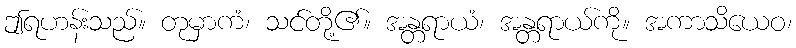
ဤရဟန်းသည်။ တုမှာကံ၊ သင်တို့၏။ အန္တရာယံ၊ အန္တရာယ်ကို။ အကာသိယေဝ၊